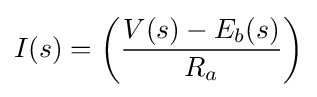
I(s)=\left({\frac {V(s)-E_{b}(s)}{R_{a}}}\right)